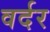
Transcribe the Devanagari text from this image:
वर्दर